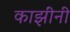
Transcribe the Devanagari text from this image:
काझींनी